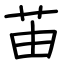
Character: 苖